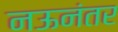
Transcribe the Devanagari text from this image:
नऊनंतर